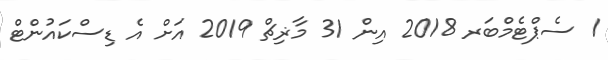
1 ސެޕްޓެމްބަރ 2018 އިން 31 މާޜިޗް 2019 އަށް އެ ޑިސްކައުންޓް